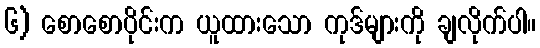
၆) စောစောပိုင်းက ယူထားသော ကုဒ်များကို ချလိုက်ပါ။